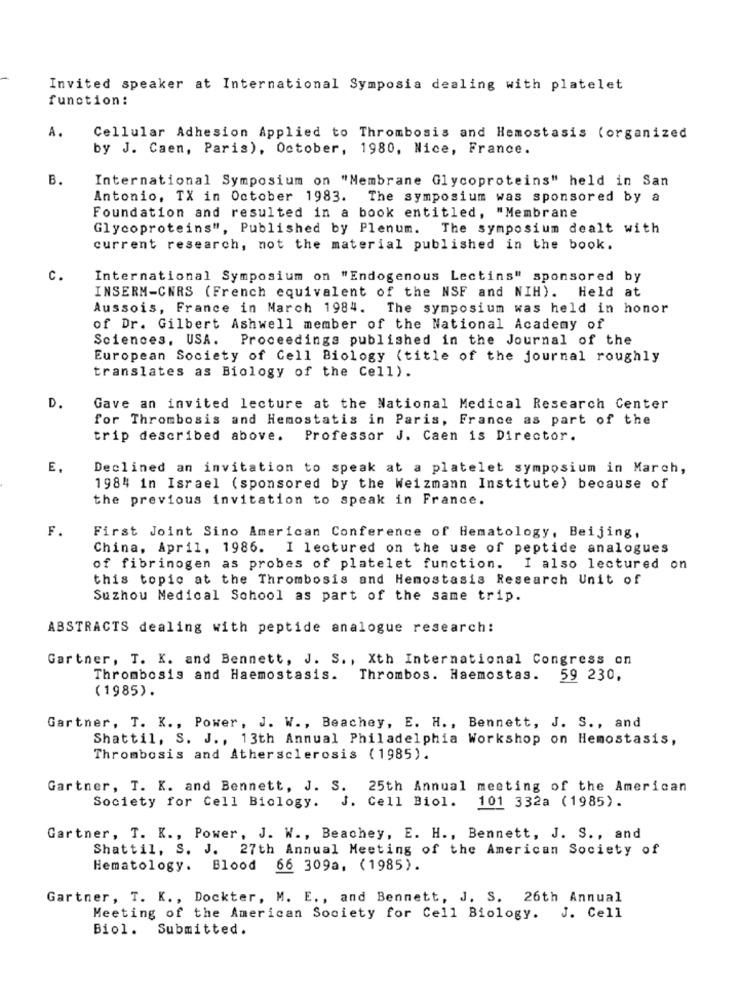
Invited speaker at International Symposia dealing with platelet
function:
A.
Cellular Adhesion Applied to Thrombosis and Hemostasis (organized
by J. Caen, Paris), October, 1980, Nice, France.
B.
International Symposium on "Membrane Glycoproteins" held in San
Antonio, TX in October 1983. The symposium was sponsored by a
Foundation and resulted in a book entitled, "Membrane
Glycoproteins", Published by Plenum. The symposium dealt with
current research, not the material published in the book.
c.
International Symposium on "Endogenous Lectins" sponsored by
INSERM-CNRS (French equivalent of the NSF and NIH). Held at
Aussois, France in March 1984. The symposium was held in honor
of Dr. Gilbert Ashwell member of the National Academy of
Sciences, USA.
Proceedings published in the Journal of the
European Society of Cell Biology (title of the journal roughly
translates as Biology of the Cell).
D.
Gave an invited lecture at the National Medical Research Center
for Thrombosis and Hemostatis in Paris, France as part of the
trip described above. Professor J. Caen is Director.
E.
Declined an invitation to speak at a platelet symposium in March,
1984 in Israel (sponsored by the Weizmann Institute) because of
the previous invitation to speak in France.
F.
First Joint Sino American Conference of Hematology, Beijing,
China, April, 1986. I lectured on the use of peptide analogues
of fibrinogen as probes of platelet function. I also lectured on
this topic at the Thrombosis and Hemostasis Research Unit of
Suzhou Medical School as part of the same trip.
ABSTRACTS dealing with peptide analogue research:
Gartner, T. K. and Bennett, J. S ., Xth International Congress on
Thrombosis and Haemostasis. Thrombos. Haemostas.
59 230,
(1985).
Gartner, T. K ., Power, J. W ., Beachey, E. H ., Bennett, J. S ., and
Shattil, S. J ., 13th Annual Philadelphia Workshop on Hemostasis,
Thrombosis and Athersclerosis (1985).
Gartner, T. K. and Bennett, J. S. 25th Annual meeting of the American
Society for Cell Biology. J. Cell Biol. 101 332a (1985).
Gartner, T. K ., Power, J. W ., Beachey, E. H ., Bennett, J. S ., and
Shattil, S. J. 27th Annual Meeting of the American Society of
Hematology. Blood 66 309a, (1985).
Gartner, T. K ., Dockter, M. E ., and Bennett, J. S. 26th Annual
Meeting of the American Society for Cell Biology. J. Cell
Biol. Submitted.